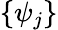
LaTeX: \{ \psi_{j}\}